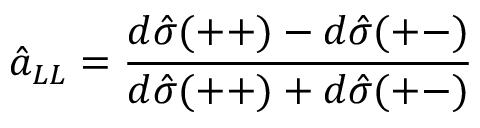
\hat { a } _ { L L } = \frac { d \hat { \sigma } ( + + ) - d \hat { \sigma } ( + - ) } { d \hat { \sigma } ( + + ) + d \hat { \sigma } ( + - ) }